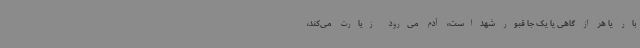
بار یا هر از گاهی یا یک جا قبور شهداست، آدم می‌رود زیارت می‌کند،